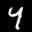
Label: 4